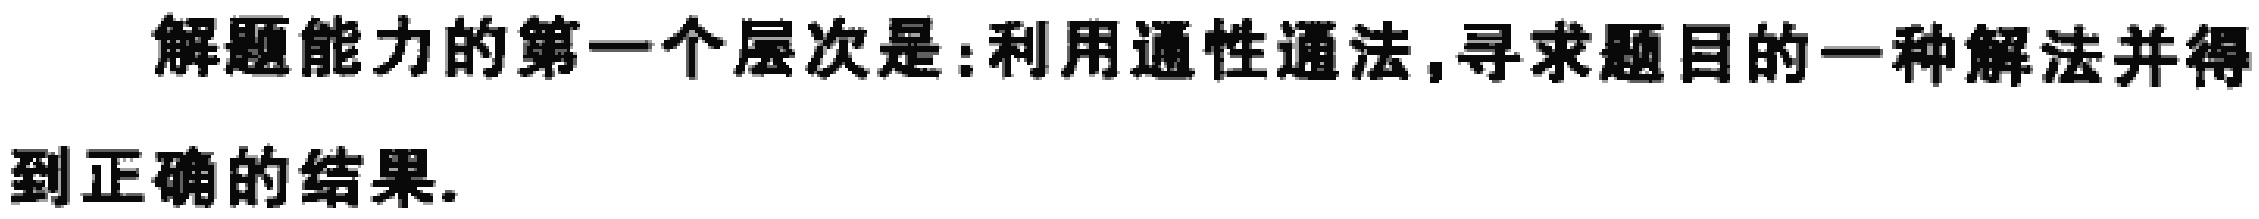
解题能力的第一个层次是:利用通性通法,寻求题目的一种解法并得到正确的结果.